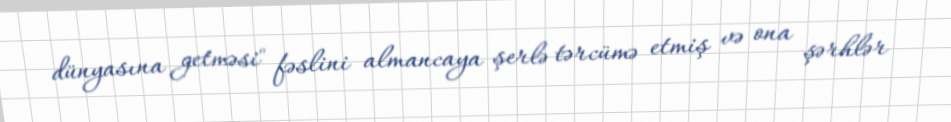
dünyasına getməsi" fəslini almancaya şerlə tərcümə etmiş və ona şərhlər